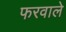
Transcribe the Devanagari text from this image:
फरवाले